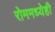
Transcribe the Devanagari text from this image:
रोममध्येही